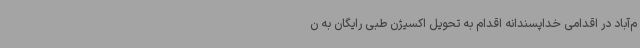
م‌آباد در اقدامی خداپسندانه اقدام به تحویل اکسیژن طبی رایگان به ن